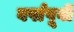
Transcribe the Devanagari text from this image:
वर्षापूवी